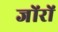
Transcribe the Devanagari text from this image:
जोंरों